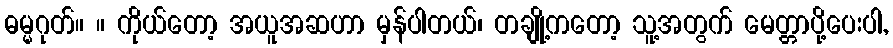
ဓမ္မဂုတ်။ ။ ကိုယ်တော့ အယူအဆဟာ မှန်ပါတယ်၊ တချို့ကတော့ သူ့အတွက် မေတ္တာပို့ပေးပါ,